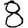
Digit: 8